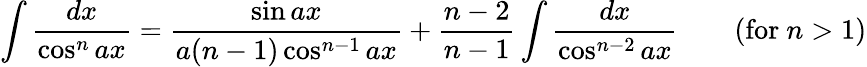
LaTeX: \int{\frac{dx}{\cos^{n}ax}}={\frac{\sin ax}{a(n-1)\cos^{n-1}ax}}+{\frac{n-2}{n-1}}\int{\frac{dx}{\cos^{n-2}ax}}\qquad{\mathrm{(for~}}n>1{\mathrm{)}}